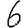
Digit: 6